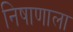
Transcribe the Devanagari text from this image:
निषाणाला